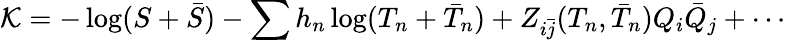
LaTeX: {\cal K}=-\log(S+\bar{S})-\sum h_{n}\log(T_{n}+\bar{T}_{n})+Z_{i\bar{j}}(T_{n},\bar{T}_{n})Q_{i}\bar{Q}_{j}+\cdots